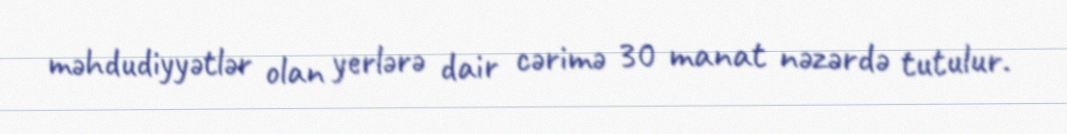
məhdudiyyətlər olan yerlərə dair cərimə 30 manat nəzərdə tutulur.